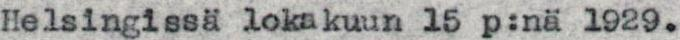
Helsingissä lokakuun 15 p:nä 1929.